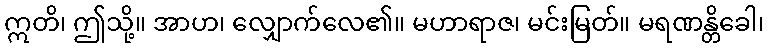
ဣတိ၊ ဤသို့။ အာဟ၊ လျှောက်လေ၏။ မဟာရာဇ၊ မင်းမြတ်။ မရဏန္တိခေါ၊